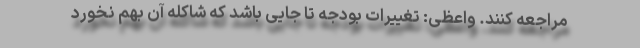
مراجعه کنند. واعظی: تغییرات بودجه تا جایی باشد که شاکله آن بهم نخورد